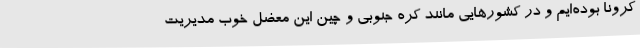
کرونا بوده‌ایم و در کشورهایی مانند کره جنوبی و چین این معضل خوب مدیریت